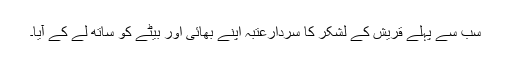
سب سے پہلے قریش کے لشکر کا سردارعتبہ اپنے بھائی اور بیٹے کو ساتھ لے کے آیا۔